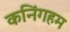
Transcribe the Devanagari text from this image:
कनिंगहम